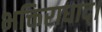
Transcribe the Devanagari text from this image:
भक्तिराधाद्।